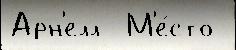
Арн'елл  М'е́сто